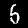
Label: 5